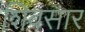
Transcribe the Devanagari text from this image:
शिवसार